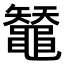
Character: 𪓳